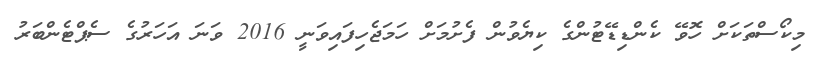
މިކޯސްތަކަށް ހޮވޭ ކެންޑިޑޭޓުންގެ ކިޔެވުން ފެށުމަށް ހަމަޖެހިފައިވަނީ 2016 ވަނަ އަހަރުގެ ސެޕްޓެންބަރު